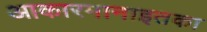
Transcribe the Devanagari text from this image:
आकारमानाइतका